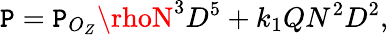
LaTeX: \mathtt{P}=\mathtt{P}_{O_{Z}}\rhoN^{3}D^{5}+k_{1}QN^{2}D^{2},